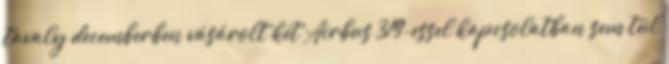
tavaly decemberben vásárolt két Airbus 319-essel kapcsolatban sem túl